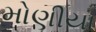
મોણીયા